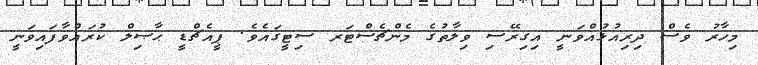
މިހާރު ވެސް ދިރިއުޅުއްވަނީ އިގިރޭސި ވިލާތުގެ މެންޗެސްޓަރ ސިޓީގައެވެ. ޕީއެޗްޑީ ޙާޞިލް ކުރައްވާފައިވަނީ